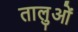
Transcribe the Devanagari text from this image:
तालुओं